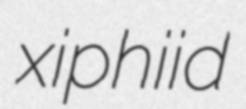
xiphiid